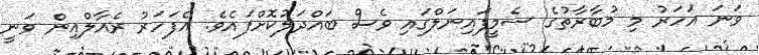
ވަނަ އަހަރު މި މުބާރާތުގެ ސެމީފައިނަލްގައި ވެސް ބައްދަލުކޮށްފައެވެ. އެފަހަރު ރެއާލްއިން ވަނީ